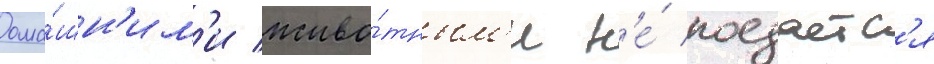
Дома́шн'им'и живо́тным'и н'е́ поедаетс'я